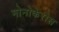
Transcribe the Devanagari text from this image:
मोनोकेरोस